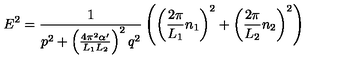
E ^ { 2 } = \frac { 1 } { p ^ { 2 } + \left( \frac { 4 \pi ^ { 2 } \alpha ^ { \prime } } { L _ { 1 } L _ { 2 } } \right) ^ { 2 } q ^ { 2 } } \left( \left( \frac { 2 \pi } { L _ { 1 } } n _ { 1 } \right) ^ { 2 } + \left( \frac { 2 \pi } { L _ { 2 } } n _ { 2 } \right) ^ { 2 } \right)